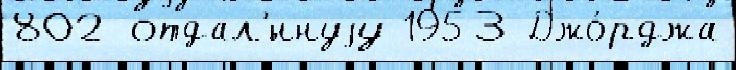
802 отдал'́ннуjу 1953 Джо́рджа